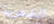
الشعرية